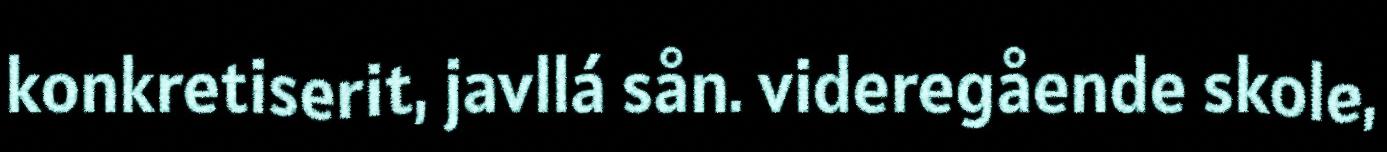
konkretiserit, javllá sån. videregående skole,